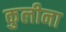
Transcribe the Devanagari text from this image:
कुलीना